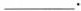
___.